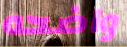
واضحه